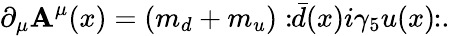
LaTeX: \partial_{\mu}\mathbf{A}^{\mu}(x)=(m_{d}+m_{u}):\! \! {\bar{{d}}}(x)i\gamma_{5}u(x)\! \! :.